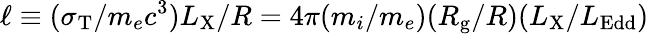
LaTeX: \ell\equiv(\sigma_{\mathrm{T}}/m_{e}c^{3})L_{\mathrm{X}}/R=4\pi(m_{i}/m_{e})(R_{\mathrm{g}}/R)(L_{\mathrm{X}}/L_{\mathrm{Edd}})